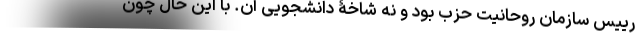
رییس سازمان روحانیت حزب بود و نه شاخۀ دانشجویی آن. با این حال چون